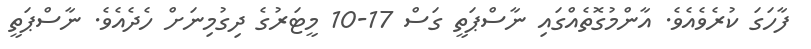
ފާހަގަ ކުރެވެއެވެ. އާންމުގޮތެއްގައި ނާސްޕަތީ ގަސް 17-10 މީޓަރުގެ ދިގުމިނަށް ހެދެއެވެ. ނާސްޕަތީ